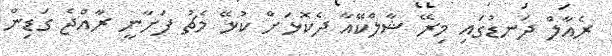
ރެއާލް ދަނޑުގައި މިރޭ ޝާލްކޭއާ ދެކޮޅަށް ކުޅޭ މެޗު ފަށާނީ ރާއްޖެ ގަޑިން